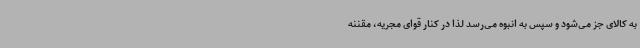
به کالای جز می‌شود و سپس به انبوه می‌رسد لذا در کنار قوای مجریه، مقننه